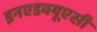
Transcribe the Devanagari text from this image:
इनएडक्यूएसी